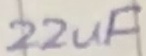
Text: 22uF